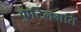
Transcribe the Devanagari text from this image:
कुटिलमति